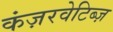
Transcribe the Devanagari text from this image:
कंज़रवेटिब्ज़